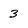
Character: 3